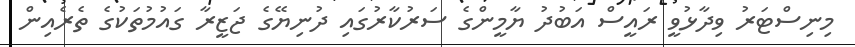
މިނިސްޓަރު ވިދާޅުވީ ރައީސް އަބުދު ޔާމީންގެ ސަރުކާރުގައި ދުނިޔޭގެ ޖަޒީރާ ގައުމުތަކުގެ ތެރެއިން